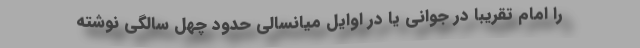
را امام تقریبا در جوانی یا در اوایل میانسالی حدود چهل سالگی نوشته